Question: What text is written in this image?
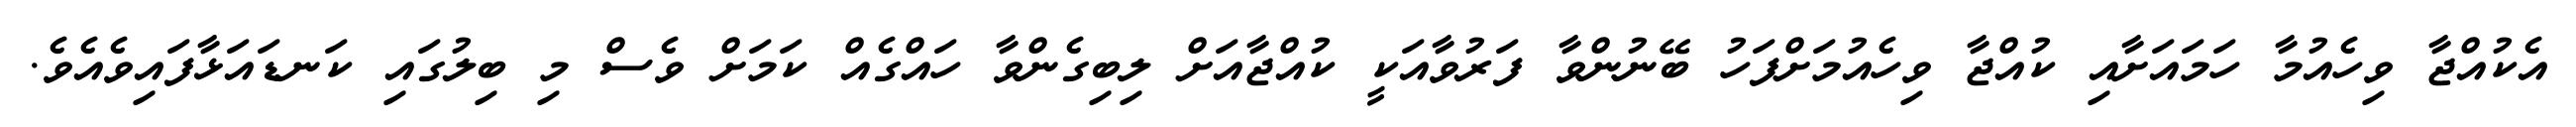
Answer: އެކުއްޖާ ވިހެއުމާ ހަމައަށާއި ކުއްޖާ ވިހެއުމަށްފަހު ބޭނުންވާ ފަރުވާއަކީ ކުއްޖާއަށް ލިބިގެންވާ ހައްގެއް ކަމަށް ވެސް މި ބިލުގައި ކަނޑައަޅާފައިވެއެވެ.